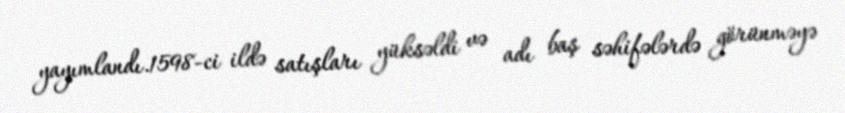
yayımlandı.1598-ci ildə satışları yüksəldi və adı baş səhifələrdə görünməyə